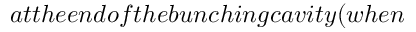
a t t h e e n d o f t h e b u n c h i n g c a v i t y ( w h e n